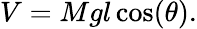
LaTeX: V=Mgl\cos(\theta).